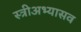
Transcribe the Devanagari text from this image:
स्त्रीअभ्यासव